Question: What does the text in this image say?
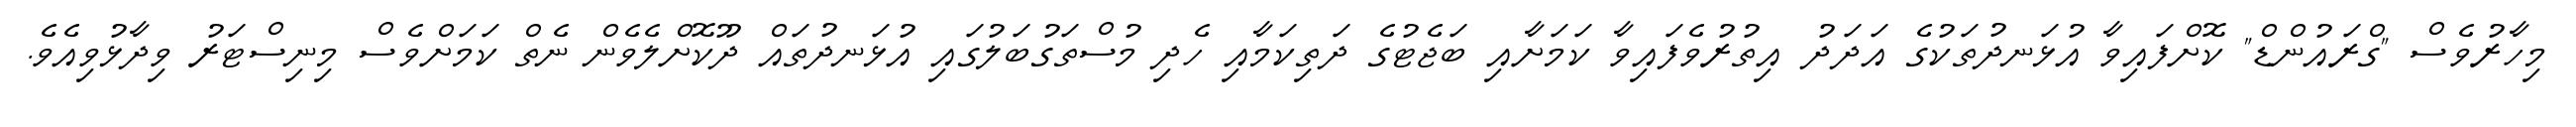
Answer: މިހާރުވެސް "ގްރައުންޑް" ކޮށްފައިވާ އުޅަނދުތަކުގެ އަދަދު އިތުރުވެފައިވާ ކަމަށާއި ބަޖެޓުގެ ދަތިކަމާއި ހެދި މުސްތަގުބަލުގައި އުޅަނދުތައް ދޫކޮށްލެވެން ނެތް ކަމަށްވެސް މިނިސްޓަރު ވިދާޅުވިއެވެ.